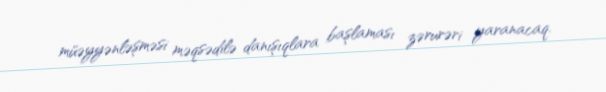
müəyyənləşməsi məqsədilə danışıqlara başlaması zərurəri yaranacaq.